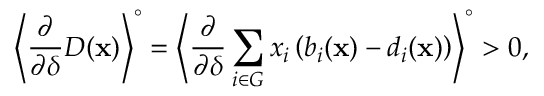
\left\langle \frac { \partial } { \partial \delta } D ( \mathbf { x } ) \right\rangle ^ { \circ } = \left\langle \frac { \partial } { \partial \delta } \sum _ { i \in G } x _ { i } \left( b _ { i } ( \mathbf { x } ) - d _ { i } ( \mathbf { x } ) \right) \right\rangle ^ { \circ } > 0 ,